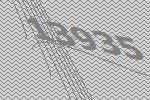
13935